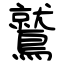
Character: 鷲